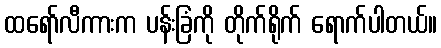
ထရော်လီကားက ပန်းခြံကို တိုက်ရိုက် ရောက်ပါတယ်။